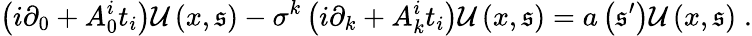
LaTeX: \left(i\partial_{0}+A_{0}^{i}t_{i}\right)\mathcal{U}\left(x,\mathfrak{s}\right)-\sigma^{k}\left(i\partial_{k}+A_{k}^{i}t_{i}\right)\mathcal{U}\left(x,\mathfrak{s}\right)=a\left(\mathfrak{s}^{\prime}\right)\mathcal{U}\left(x,\mathfrak{s}\right)\; .